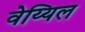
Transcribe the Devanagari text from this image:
वेय्यिल